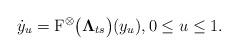
LaTeX: \begin{align*}\dot y_u = \textrm{F}^\otimes\big({\bf\Lambda}_{ts}\big)(y_u),0\leq u\leq 1.\end{align*}